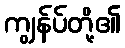
ကျွန်ပ်တို့၏